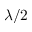
\lambda / 2